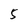
Character: 5